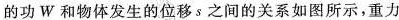
的功W和物体发生的位移s之间的关系如图所示，重力